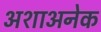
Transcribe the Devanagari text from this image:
अशाअनेक